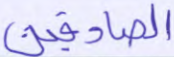
الصادقين